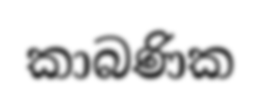
කාබණික